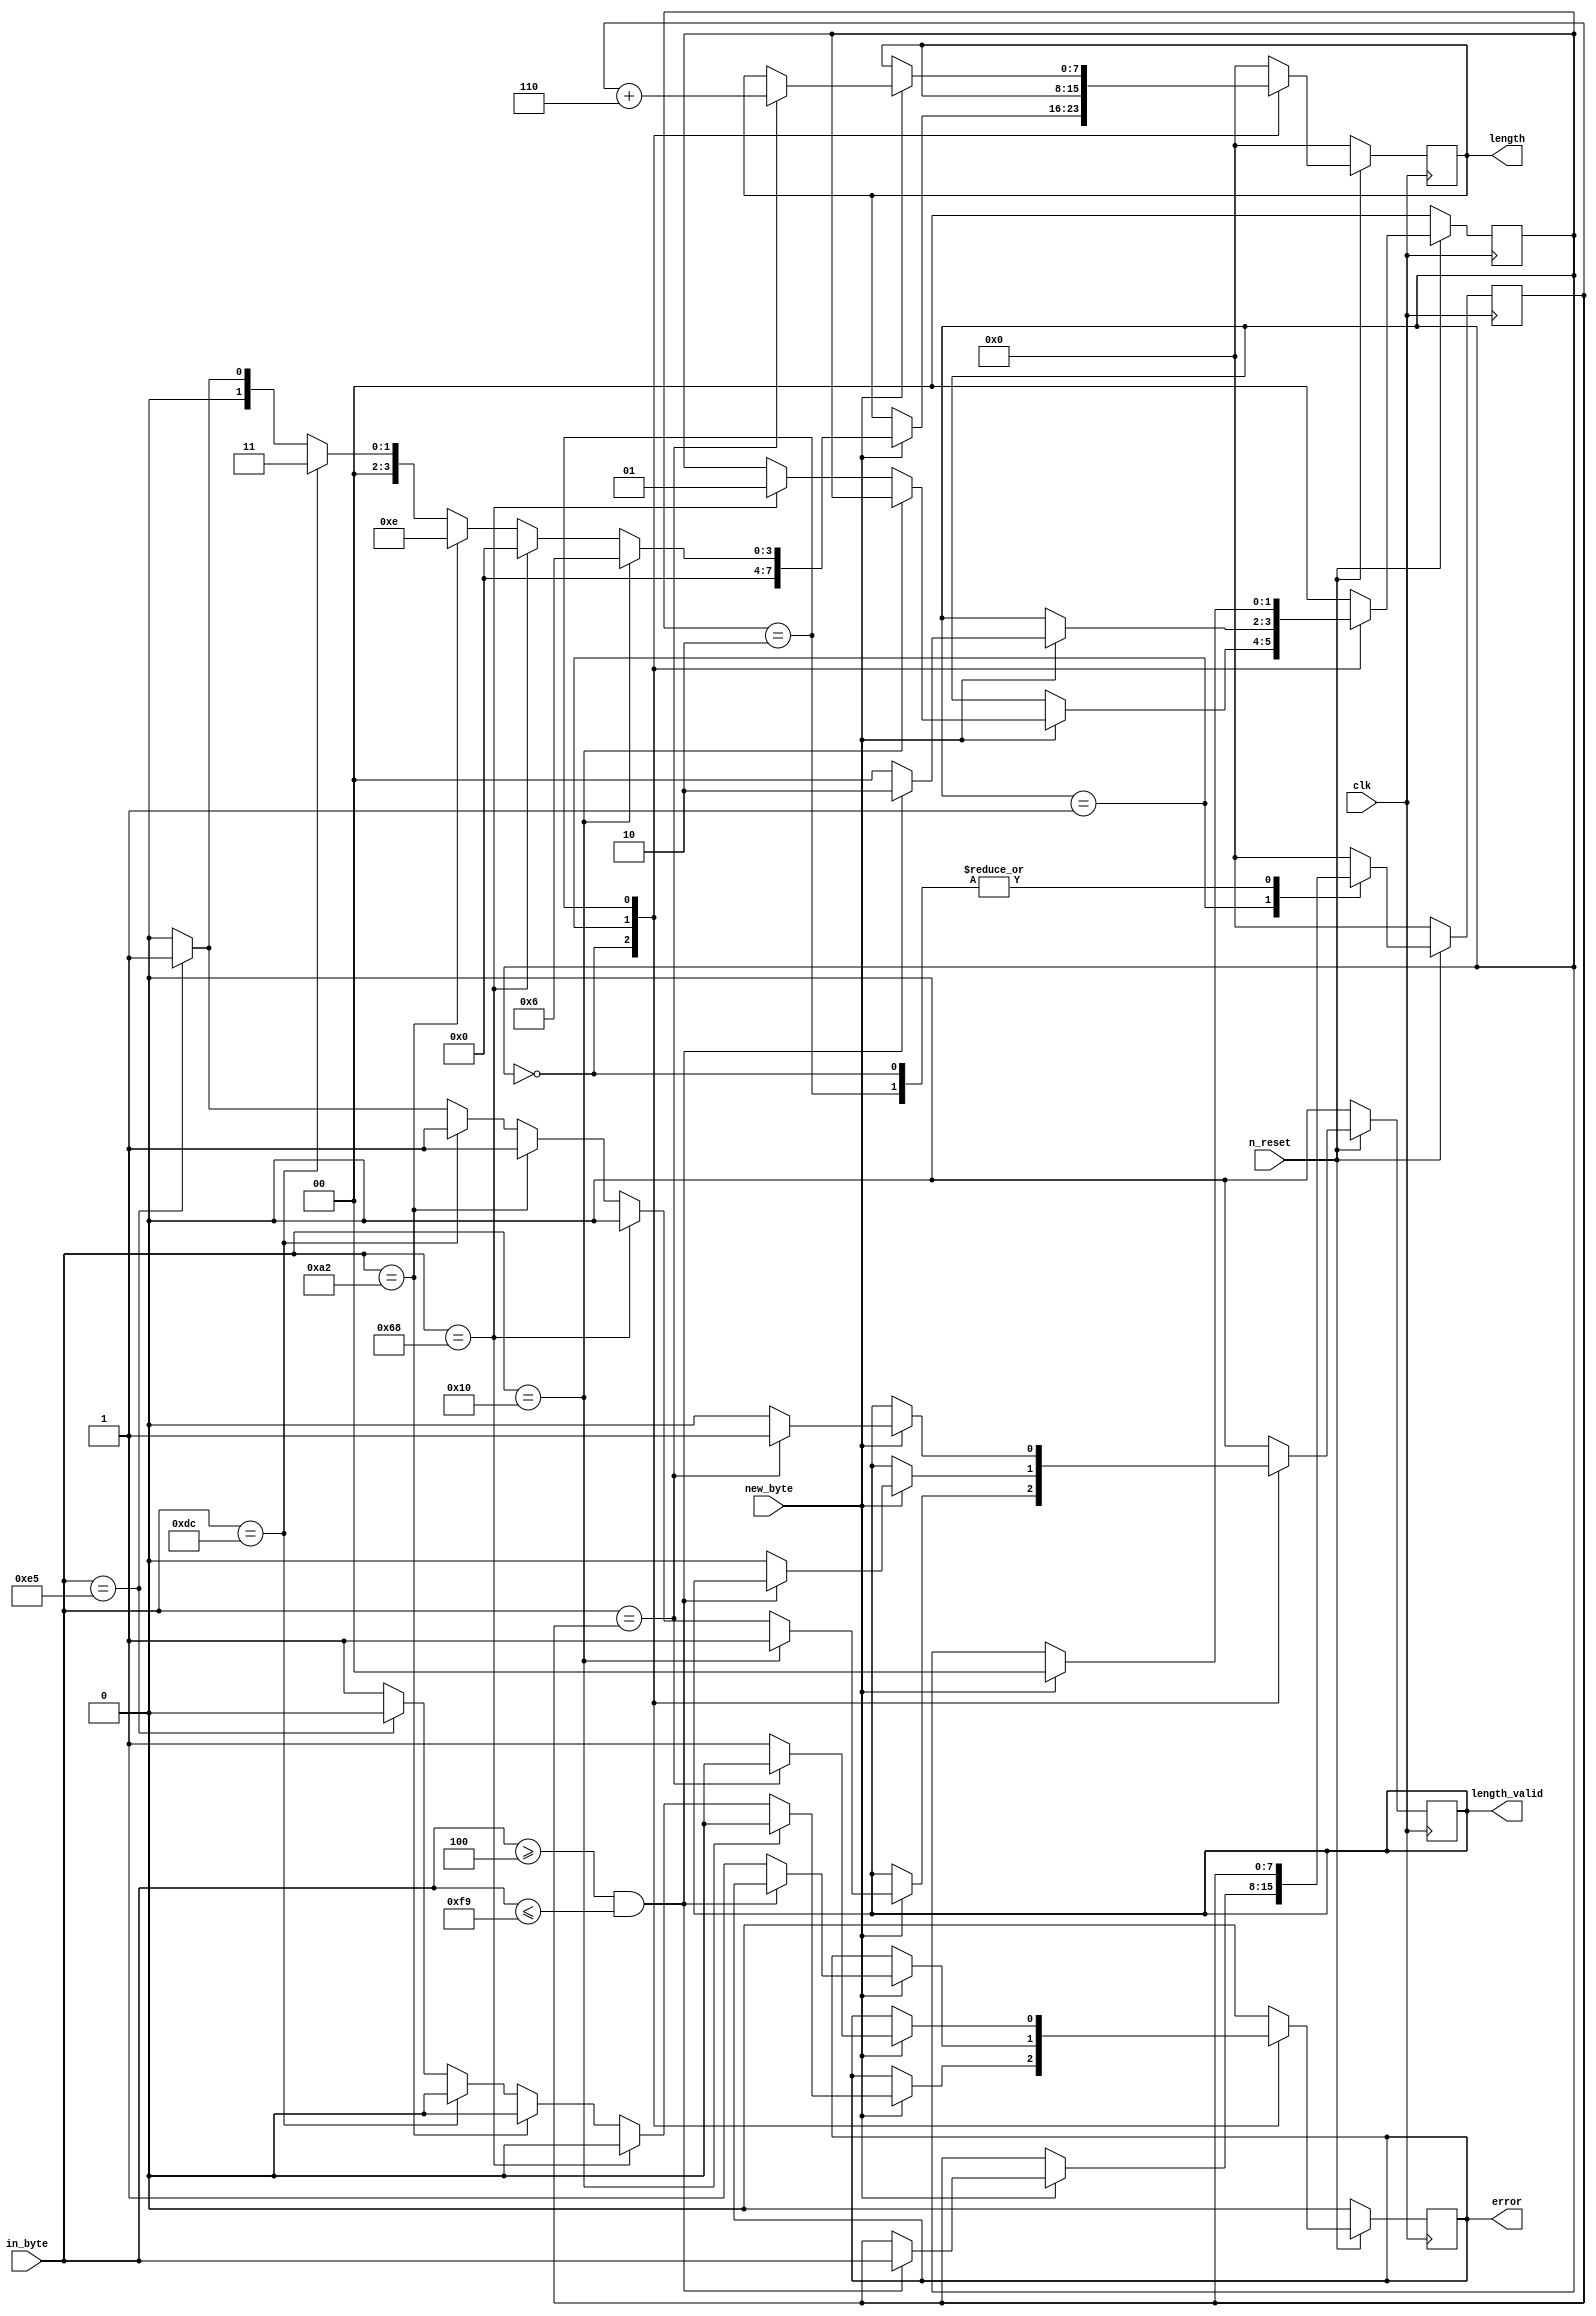
module profibus_telegram_length (
	input clk,
	input n_reset,
	input [7:0] in_byte,
	input new_byte,
	output reg length_valid,
	output reg [7:0] length,
	output reg error,
);
	localparam STATE_START	= 0;
	localparam STATE_LE		= 1;
	localparam STATE_LER	= 2;
	localparam SD1			= 8'h10;
	localparam SD2			= 8'h68;
	localparam SD3			= 8'hA2;
	localparam SD4			= 8'hDC;
	localparam SC			= 8'hE5;
	reg [7:0] byte_le;
	reg [1:0] state;
	initial begin
		length_valid <= 0;
		length <= 0;
		error <= 0;
		byte_le <= 0;
		state <= STATE_START;
	end
	always @(posedge clk) begin
		if (n_reset) begin
			case (state)
				STATE_START: begin
					if (new_byte) begin
						if (in_byte == SD1) begin
							length <= 6;
							error <= 0;
							length_valid <= 1;
						end else if (in_byte == SD2) begin
							length <= 0;
							error <= 0;
							length_valid <= 0;
							state <= STATE_LE;
						end else if (in_byte == SD3) begin
							length <= 14;
							error <= 0;
							length_valid <= 1;
						end else if (in_byte == SD4) begin
							length <= 3;
							error <= 0;
							length_valid <= 1;
						end else if (in_byte == SC) begin
							length <= 1;
							error <= 0;
							length_valid <= 1;
						end else begin
							length <= 0;
							error <= 1;
							length_valid <= 0;
						end
					end
				end
				STATE_LE: begin
					if (new_byte) begin
						if (in_byte >= 4 && in_byte <= 249) begin
							byte_le <= in_byte;
							state <= STATE_LER;
						end else begin
							error <= 1;
							length_valid <= 0;
							state <= STATE_START;
						end
					end
				end
				STATE_LER: begin
					if (new_byte) begin
						if (in_byte == byte_le) begin
							length <= byte_le + 6;
							error <= 0;
							length_valid <= 1;
							state <= STATE_START;
						end else begin
							error <= 1;
							length_valid <= 0;
							state <= STATE_START;
						end
					end
				end
				default: begin
					length_valid <= 0;
					length <= 0;
					error <= 0;
					byte_le <= 0;
					state <= STATE_START;
				end
			endcase
		end else begin
			/* Reset */
			length_valid <= 0;
			length <= 0;
			error <= 0;
			byte_le <= 0;
			state <= STATE_START;
		end
	end
endmodule